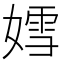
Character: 𡠭